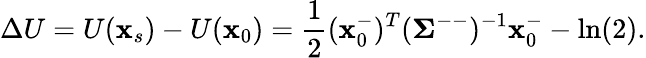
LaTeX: \Delta U=U(\mathbf{x}_{s})-U(\mathbf{x}_{0})=\frac{1}{2}(\mathbf{x}_{0}^{-})^{T}(\mathbf{\Sigma}^{--})^{-1}\mathbf{x}_{0}^{-}-\ln(2).